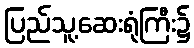
ပြည်သူ့ဆေးရုံကြီး၌